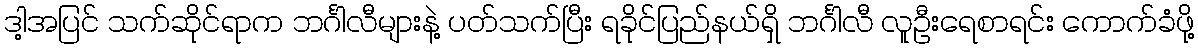
ဒါ့အပြင် သက်ဆိုင်ရာက ဘင်္ဂါလီများနဲ့ ပတ်သက်ပြီး ရခိုင်ပြည်နယ်ရှိ ဘင်္ဂါလီ လူဦးရေစာရင်း ကောက်ခံဖို့